Annual administration report of the Civil Veterinary Department of India - 1898-1899
Year: 1898
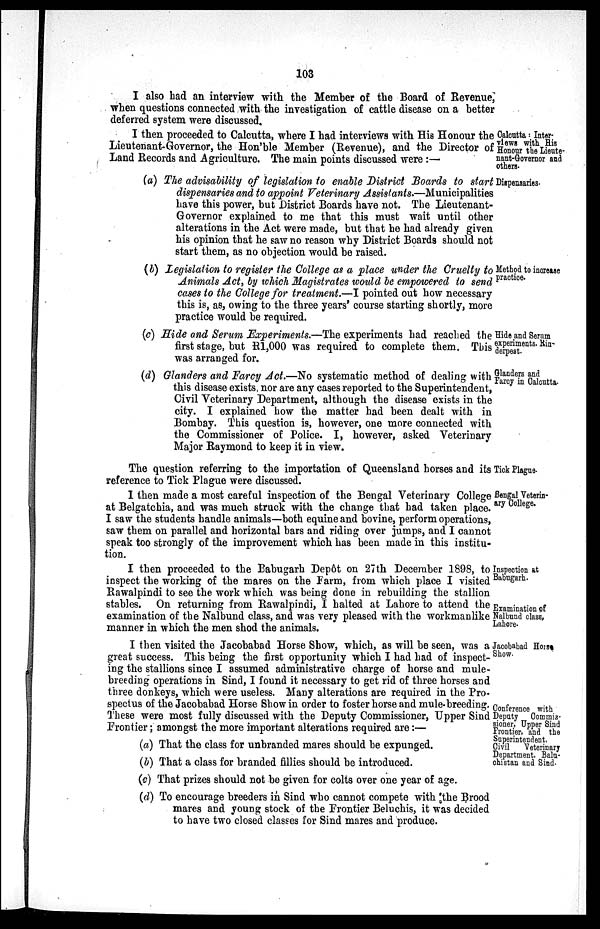
103
I also had an interview with the Member of the Board of Revenue,
when questions connected with the investigation of cattle disease on a better
deferred system were discussed.
Calcutta:Inter-
views with His
Honour the Lieute-
nant-Governor and
others.
I then proceeded to Calcutta, where I had interviews with His Honour the
Lieutenant-Governor, the Hon'ble Member (Revenue), and the Director of
Land Records and Agriculture. The main points discussed were:—
Dispensaries.
(a) The advisability of legislation to enable District Boards to start
dispensaries and to appoint Veterinary Assistants.—Municipalities
have this power, but District Boards have not. The Lieutenant-
Governor explained to me that this must wait until other
alterations in the Act were made, but that he had already given
his opinion that he saw no reason why District Boards should not
start them, as no objection would be raised.
Method to increase
practice.
(b) Legislation to register the College as a place under the Cruelty to
Animals Act, by which Magistrates would be empowered to send
cases to the College for treatment.—I pointed out how necessary
this is, as, owing to the three years' course starting shortly, more
practice would be required.
Hide and Serum
experiments. Rin-
derpest.
(c) Hide and Serum Experiments.—The experiments had reached the
first stage, but R1,000 was required to complete them. This
was arranged for.
Glanders and
Farcy in Calcutta.
(d) Glanders and Farcy Act.—No systematic method of dealing with
this disease exists, nor are any cases reported to the Superintendent,
Civil Veterinary Department, although the disease exists in the
city. I explained how the matter had been dealt with in
Bombay. This question is, however, one more connected with
the Commissioner of Police. I, however, asked Veterinary
Major Raymond to keep it in view.
Tick Plague.
The question referring to the importation of Queensland horses and its
reference to Tick Plague were discussed.
Bengal Veterin-
ary College.
I then made a most careful inspection of the Bengal Veterinary College
at Belgatchia, and was much struck with the change that had taken place.
I saw the students handle animals—both equine and bovine, perform operations,
saw them on parallel and horizontal bars and riding over jumps, and I cannot
speak too strongly of the improvement which has been made in this institu-
tion.
Inspection at
Babugarh.
Examination of
Nalbund class,
Lahore.
I then proceeded to the Babugarh Depôt on 27th December 1898, to
inspect the working of the mares on the Farm, from which place I visited
Rawalpindi to see the work which was being done in rebuilding the stallion
stables. On returning from Rawalpindi, I halted at Lahore to attend the
examination of the Nalbund class, and was very pleased with the workmanlike
manner in which the men shod the animals.
Jacobabad Hois
Show.
I then visited the Jacobabad Horse Show, which, as will be seen, was a
great success. This being the first opportunity which I had had of inspect-
ing the stallions since I assumed administrative charge of horse and mule-
breeding operations in Sind, I found it necessary to get rid of three horses and
three donkeys, which were useless. Many alterations are required in the Pro-
spectus of the Jacobabad Horse Show in order to foster horse and mule-breeding.
These were most fully discussed with the Deputy Commissioner, Upper Sind
Frontier; amongst the more important alterations required are:—
Conference with
Deputy Commis-
sioner, Upper Sind
Frontier, and the
Superintendent,
Civil
Veterinary
Department. Balu-
chistan and Sind.
(a) That the class for unbranded mares should be expunged.
(b) That a class for branded fillies should be introduced.
(c) That prizes should not be given for colts over one year of age.
(d) To encourage breeders in Sind who cannot compete with the Brood
mares and young stock of the Frontier Beluchis, it was decided
to have two closed classes for Sind mares and produce.